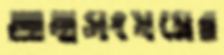
আত্মসংযমের